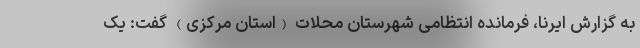
به گزارش ایرنا، فرمانده انتظامی شهرستان محلات (استان مرکزی) گفت: یک